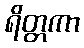
ရိတ္တကာ